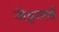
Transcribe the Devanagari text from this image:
जेड्लर्स